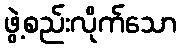
ဖွဲ့စည်းလိုက်သော